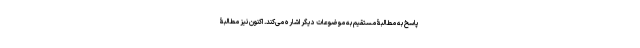
پاسخ به مطالبۀ مستقیم به موضوعات دیگر اشاره می‌کند. اکنون نیز مطالبۀ